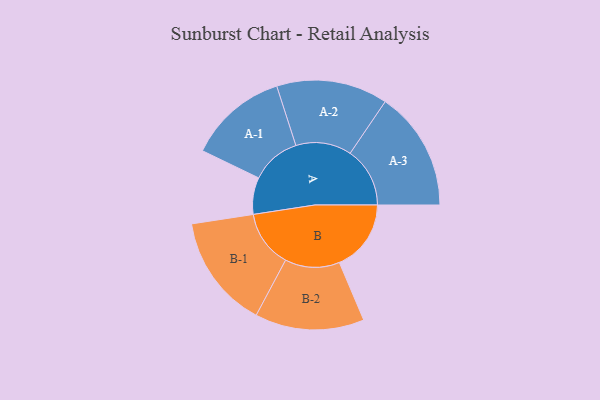
{"axis": {"x": "Segment", "y": "Value"}, "legend": ["", "A", "B"], "data": [{"x": "A", "y": 172, "type": ""}, {"x": "B", "y": 335, "type": ""}, {"x": "A-1", "y": 232, "type": "A"}, {"x": "A-2", "y": 260, "type": "A"}, {"x": "A-3", "y": 279, "type": "A"}, {"x": "B-1", "y": 266, "type": "B"}, {"x": "B-2", "y": 255, "type": "B"}]}